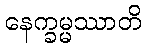
နေက္ခမ္မဿာတိ